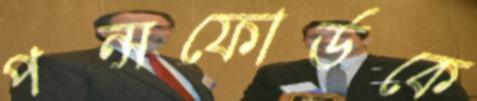
পন্সফোর্ডকে